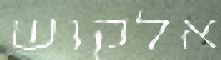
אלקוש